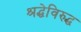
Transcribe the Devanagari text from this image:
श्रद्धेविरुद्ध